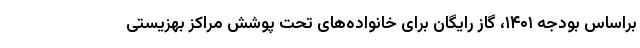
براساس بودجه ۱۴۰۱، گاز رایگان برای خانواده‌های تحت پوشش مراکز بهزیستی